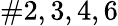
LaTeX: \# 2,3,4,6